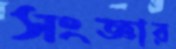
সংজ্ঞার